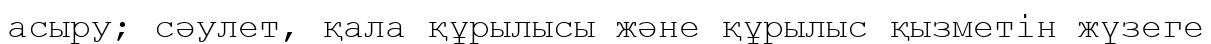
асыру; сәулет, қала құрылысы және құрылыс қызметін жүзеге